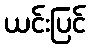
ယင်းပြင်